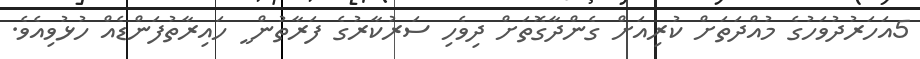
5އަހަރުދުވަހުގެ މުއްދަތަށް ކުރިއަށް ގެންދާގޮތަށް ދިވެހި ސަރުކާރުގެ ފަރާތުން ީ ހައިރާތުފަންޑެއް ހުޅުވިއެވެ.